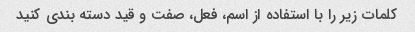
کلمات زیر را با استفاده از اسم، فعل، صفت و قید دسته بندی کنید